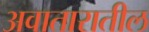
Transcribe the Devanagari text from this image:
अवातारातील